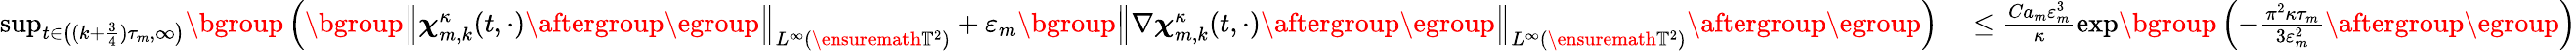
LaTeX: \begin{array}{rl}{\operatorname*{sup}_{t\in\bigl((k+\frac 34)\tau_{m},\infty\bigr)}\mathopen{}\mathclose\bgroup\left(\mathopen{}\mathclose\bgroup\left\| {\boldsymbol{\chi}}_{m,k}^{\kappa}(t,\cdot)\aftergroup\egroup\right\| _{L^{\infty}(\ensuremath{\mathbb{T}}^{2})}+\varepsilon_{m}\mathopen{}\mathclose\bgroup\left\| \nabla{\boldsymbol{\chi}}_{m,k}^{\kappa}(t,\cdot)\aftergroup\egroup\right\| _{L^{\infty}(\ensuremath{\mathbb{T}}^{2})}\aftergroup\egroup\right)}&{{}\leq\frac{Ca_{m}\varepsilon_{m}^{3}}{\kappa}\exp\mathopen{}\mathclose\bgroup\left(-\frac{\pi^{2}\kappa\tau_{m}}{3\varepsilon_{m}^{2}}\aftergroup\egroup\right)}\end{array}